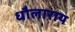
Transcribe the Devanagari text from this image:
धौलाराय